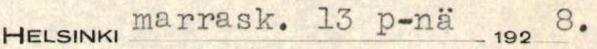
HELSINKI marrask. 13 p-nä 1928.